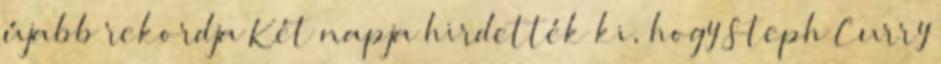
újabb rekordja Két napja hirdették ki, hogy Steph Curry